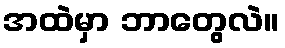
အထဲမှာ ဘာတွေလဲ။